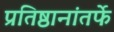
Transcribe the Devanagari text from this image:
प्रतिष्ठानांतर्फे